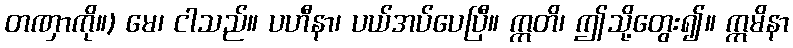
တဏှာကို။) မေ၊ ငါသည်။ ပဟီနာ၊ ပယ်အပ်ပေပြီ။ ဣတိ၊ ဤသို့တွေး၍။ ဣမိနာ